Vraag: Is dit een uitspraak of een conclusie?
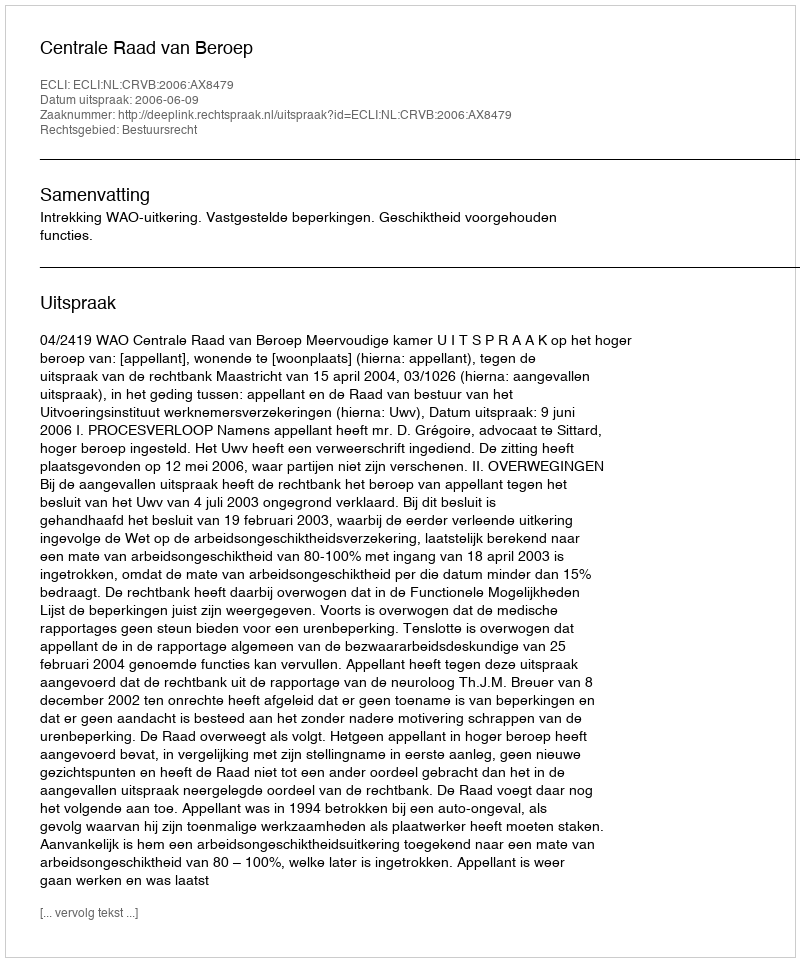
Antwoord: Uitspraak